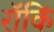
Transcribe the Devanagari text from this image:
रॉकिं